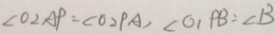
\angle O _ { 2 } A P = \angle O _ { 2 } P A , \angle O _ { 1 } P B = \angle B